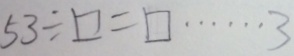
5 3 \div \square = \square \cdots 3